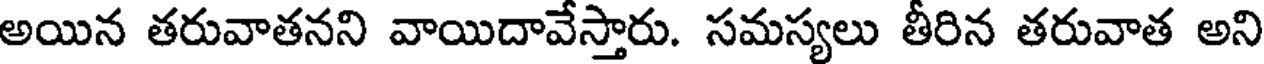
అయిన తరువాతనని వాయిదావేస్తారు. సమస్యలు తీరిన తరువాత అని